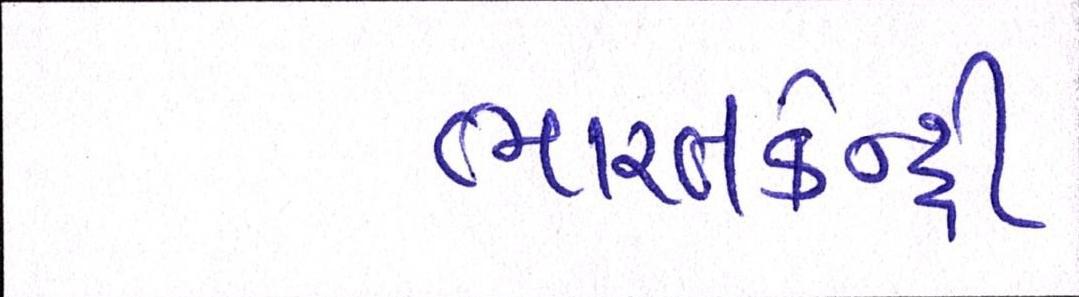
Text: ભારતકેન્દ્રી